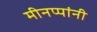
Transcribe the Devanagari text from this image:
मीनप्पांनी